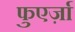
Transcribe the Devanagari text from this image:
फुएर्ज़ा